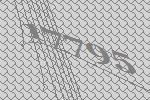
17795